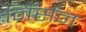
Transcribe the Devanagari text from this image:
निर्सन